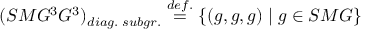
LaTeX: ( S M G ^ { 3 } G ^ { 3 } ) _ { d i a g . \; s u b g r . } \stackrel { d e f . } { = } \{ ( g , g , g ) \mid g \in S M G \}